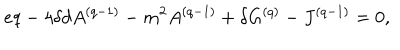
e q - 4 \delta d A ^ { ( q - 1 ) } - m ^ { 2 } A ^ { ( q - 1 ) } + \delta G ^ { ( q ) } - J ^ { ( q - 1 ) } = 0 ,